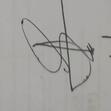
Signature authenticity: genuine